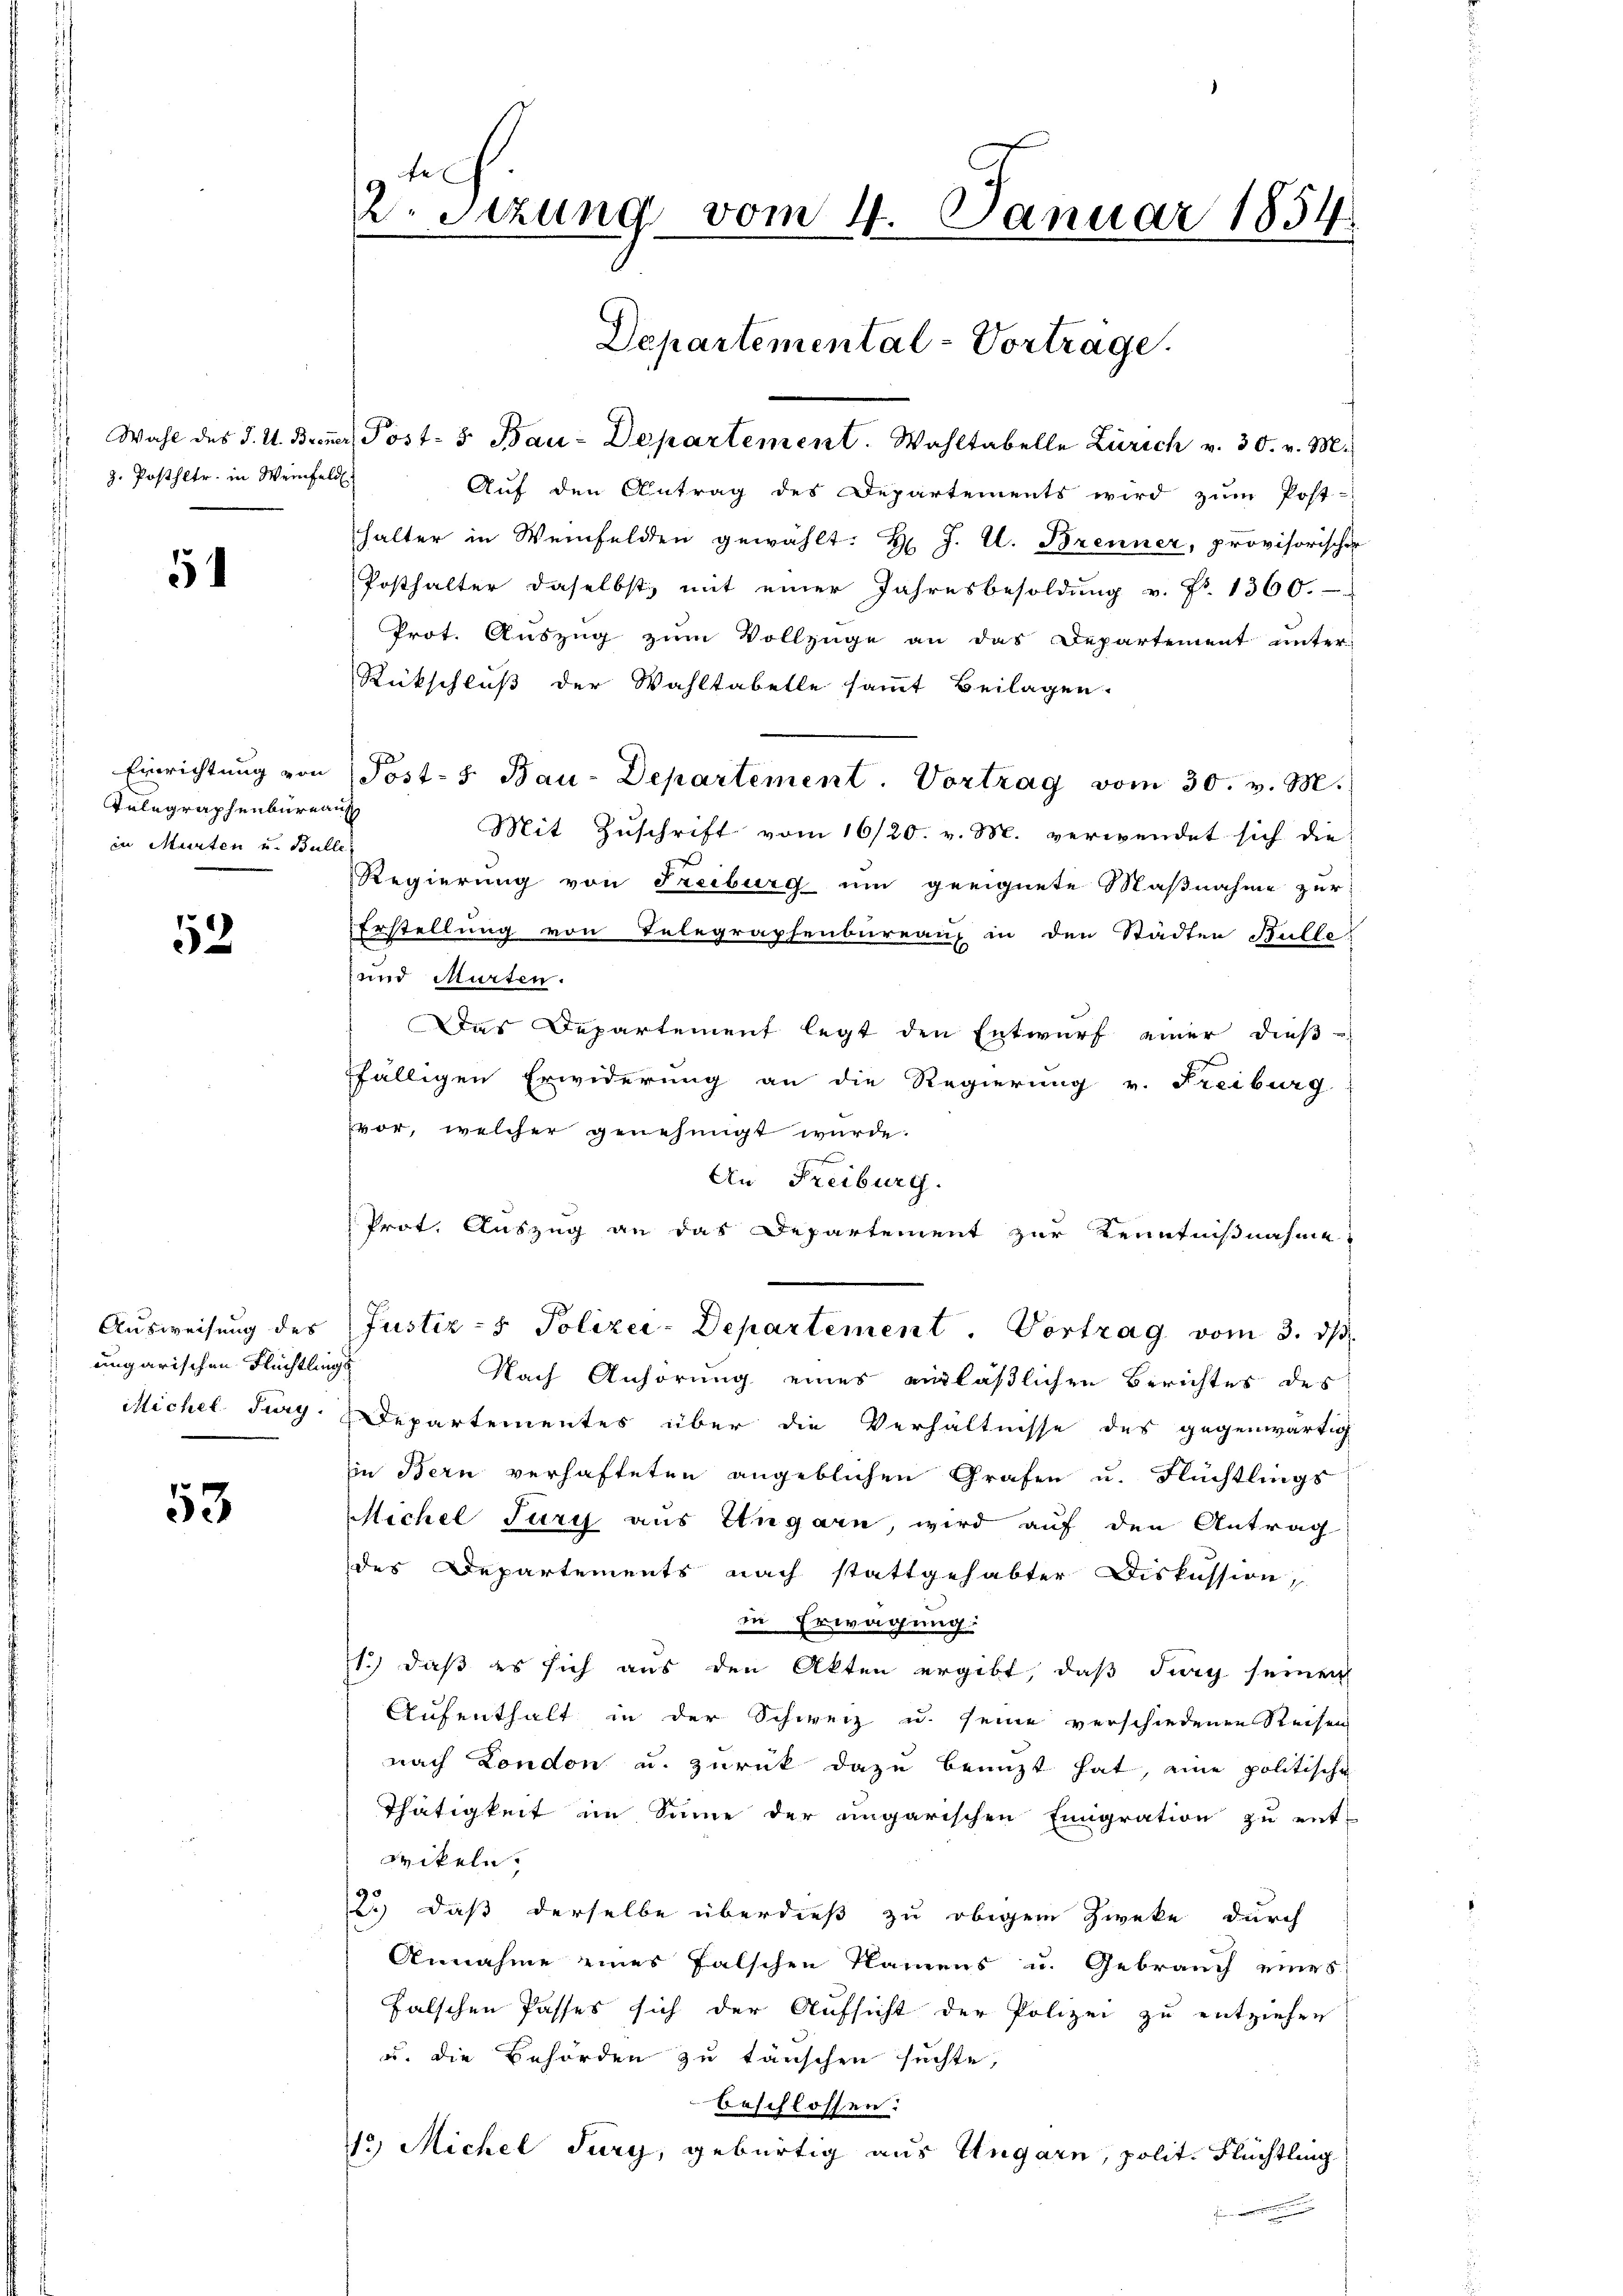
z. Posthltr. in Weinfeld.

54

Telegraphenbureaus
in Murten u. Bulle.

53

Ausweisung des
ungarischen Flüchtlings
Michel Jury.

53

fe
2. Setzung vom 4. Januar 1854.

Wahl des J. U. Biener Post- & Bau-Departement. Wahltabelle Zürich v. 30. v. M.
Auf den Antrag des Departements wird zum Post-
halter in Weinfelden gewählt: H. J. U. Brenner, provisorischer
Posthalter daselbst, mit einer Jahresbesoldŭng v. Fr. 1360.
Prot. Auszug zum Vollzüge an das Departement unter
Rückschluß der Wahltabelle sammt Beilagen.
Einrichtŭng von Post- & Bau-Departement. Vortrag vom 30. v. M.
Mit Zuschrift vom 16/20. v. M. verwendet sich die
Regierung von Freiburg um geeignete Maßnahme zur
Erstellung von Telegraphenbureau, in den Städten Bulle
und Murten.
Das Departement legt den Entwurf einer dieß-
fälligen Erwiderung an die Regierung v. Freiburg
vor, welcher genehmigt wurde.
An Freiburg.
Prot. Auszug an das Departement zur Kenntnißnahme
Justiz- & Polizei-Departement. Vortrag vom 3. dβ.
Nach Anhörung eines einläßlichen Berichtes des
Departementes über die Verhältnisse des gegenwärtig
in Bern verhafteten angeblichen Grafen u. Flüchtlings
Michel Jury aus Ungarn, wird auf den Antrag
des Departements nach stattgehabter Diskussion,
in Erwägung:
1.) daß es sich aus den Akten ergibt, daß Sieg seinen
Aufenthalt in der Schweiz u. seine verschiedenen Reisen
nach London u. zurück dazu benuzt hat, eine politische
Thätigkeit im Sinne der ungarischen Emigration zu ent-
Brikeln.
2.) Daß derselbe überdieß zu obigem Zweke durch
Annahme eines falschen Namens u. Gebrauch eines
falschen Passes sich der Aufsicht der Polizei zu entziehen
u. die Behörden zu täuschen suchte,
beschlossen:
12) Michel Jury, gebürtig aus Ungarn, polit. Flüchtling

Departemental-Vortrage.